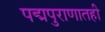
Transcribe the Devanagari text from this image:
पद्मपुराणातही